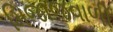
મિજાજવાળી